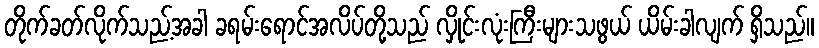
တိုက်ခတ်လိုက်သည့်အခါ ခရမ်းရောင်အလိပ်တို့သည် လှိုင်းလုံးကြီးများသဖွယ် ယိမ်းခါလျက် ရှိသည်။